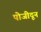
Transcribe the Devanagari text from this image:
पोजीदून